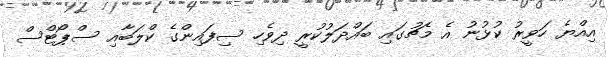
އިއްޔެ ހަވީރު ކުޅުނު އެ މެޗުގައި ބައްދަލުކުރީ ދިވެހި ސިފައިންގެ ކްލަބާއި ސްޕޯޓްސް